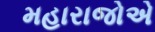
મહારાજોએ